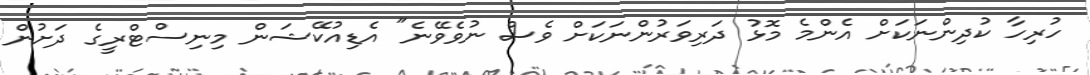
ހުރިހާ ކުދިންނަކަށް އެންމެ މޮޅު ދަރިވަރުންނަކަށް ވެސް ނުވެވޭނެ" އެޑިއުކޭޝަން މިނިސްޓްރީގެ ދަށުން